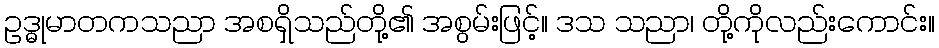
ဥဒ္ဓုမာတကသညာ အစရှိသည်တို့၏ အစွမ်းဖြင့်။ ဒသ သညာ၊ တို့ကိုလည်းကောင်း။